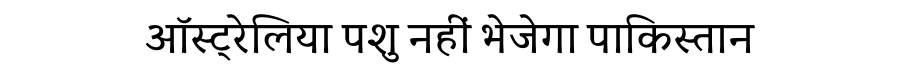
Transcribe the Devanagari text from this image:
ऑस्ट्रेलिया पशु नहीं भेजेगा पाकिस्तान